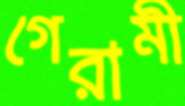
গেরামী